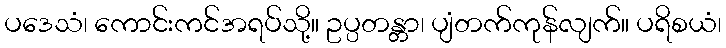
ပဒေသံ၊ ကောင်းကင်အရပ်သို့။ ဥပ္ပတန္တာ၊ ပျံတက်ကုန်လျက်။ ပရိစယံ၊